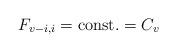
LaTeX: \begin{align*} F_{v-i,i} = \mathrm{const.} = C_v\end{align*}